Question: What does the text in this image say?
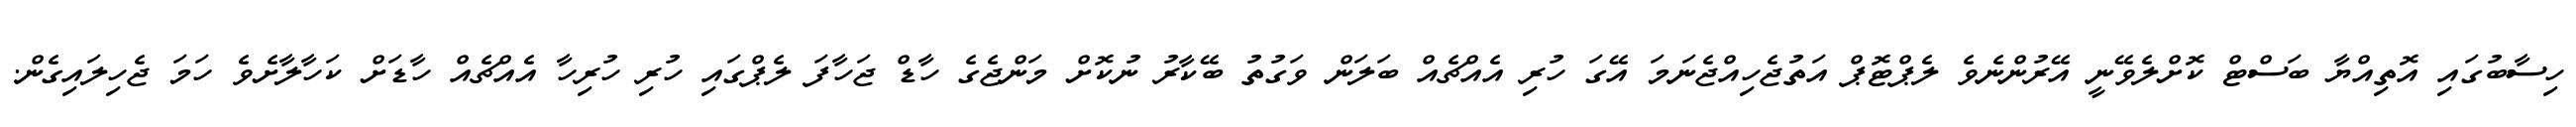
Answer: ހިސާބުގައި އޮތިއްޔާ ބަސްޓް ކޮށްލެވޭނީ އޭރުންނެވެ ލެޕްޓޮޕް އަތުޖެހިއްޖެނަމަ އޭގަ ހުރި އެއްޗެއް ބަލަން ވަގުތު ބޭކާރު ނުކޮށް މަންޖެގެ ހާޑް ޖަހާފަ ލެޕްގައި ހުރި ހުރިހާ އެއްޗެއް ހާޑަށް ކަހާލާށެވެ ހަމަ ޖެހިލައިގެން.